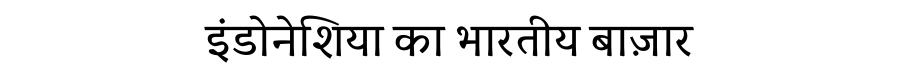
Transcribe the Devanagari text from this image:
इंडोनेशिया का भारतीय बाज़ार